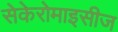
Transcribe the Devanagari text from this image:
सेकेरोमाइसीज